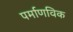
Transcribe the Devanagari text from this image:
पर्माणविक